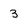
Character: 3